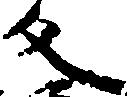
反